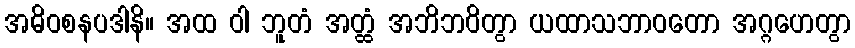
အဓိဝစနပဒါနိ။ အထ ဝါ ဘူတံ အတ္ထံ အဘိဘဝိတွာ ယထာသဘာဝတော အဂ္ဂဟေတွာ